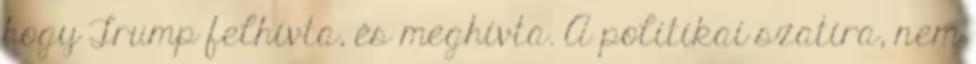
hogy Trump felhívta, és meghívta. A politikai szatíra, nem